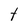
Character: t